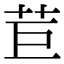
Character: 苣